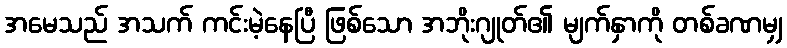
အမေသည် အသက် ကင်းမဲ့နေပြီ ဖြစ်သော အဘိုးဂျုတ်၏ မျက်နှာကို တစ်ခဏမျှ